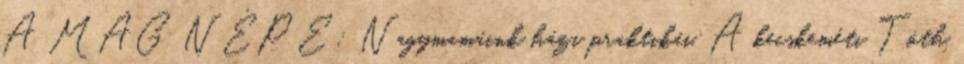
A MAG NÉPE: Nagymamáink házi praktikái. A kecskeméti Tóth